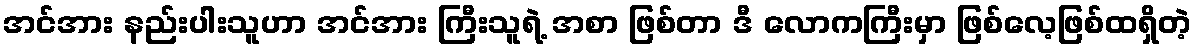
အင်အား နည်းပါးသူဟာ အင်အား ကြီးသူရဲ့ အစာ ဖြစ်တာ ဒီ လောကကြီးမှာ ဖြစ်လေ့ဖြစ်ထရှိတဲ့